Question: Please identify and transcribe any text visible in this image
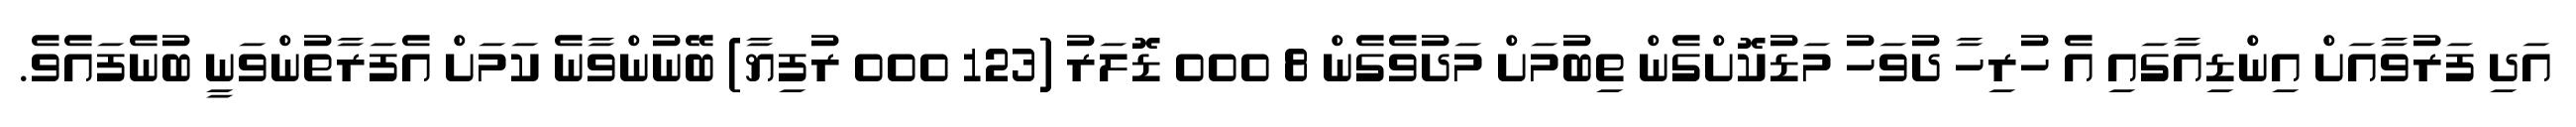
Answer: އަދި ފަރުވާއަށް އިންޑިއާގައި އެ ހުރިހާ ދުވަހު މަޑުކޮށްގެން ތިބުމަށް މަދުވެގެން 8 000 ޑޮލަރު (123 000 ރުފިޔާ) ބޭނުންވާނެ ކަމަށް އެފަރާތުންވަނީ ބުނެފައެވެ.